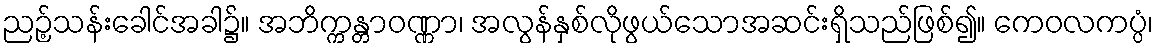
ညဉ့်သန်းခေါင်အခါ၌။ အဘိက္ကန္တာဝဏ္ဏာ၊ အလွန်နှစ်လိုဖွယ်သောအဆင်းရှိသည်ဖြစ်၍။ ကေဝလကပ္ပံ၊